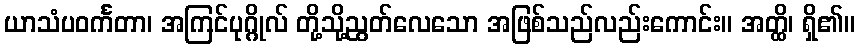
ယာသံပဝင်္ကတာ၊ အကြင်ပုဂ္ဂိုလ် တို့သို့ညွတ်လေသော အဖြစ်သည်လည်းကောင်း။ အတ္ထိ၊ ရှိ၏။